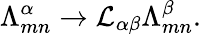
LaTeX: {\Lambda}_{mn}^{\alpha}\rightarrow{\cal L}_{\alpha\beta}{\Lambda}_{mn}^{\beta}.